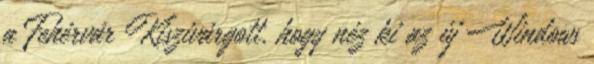
a Fehérvár Kiszivárgott, hogy néz ki az új Windows